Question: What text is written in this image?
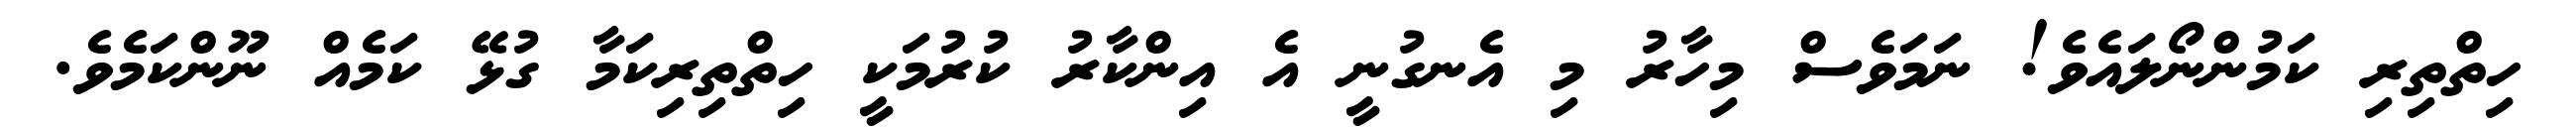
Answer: ހިތްތިރި ކަމުންނޯލައެވެ! ނަމަވެސް މިހާރު މި އެނގުނީ އެ އިންކާރު ކުރުމަކީ ހިތްތިރިކަމާ ގުޅޭ ކަމެއް ނޫންކަމެވެ.